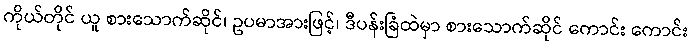
ကိုယ်တိုင် ယူ စားသောက်ဆိုင်၊ ဥပမာအားဖြင့်၊ ဒီပန်းခြံထဲမှာ စားသောက်ဆိုင် ကောင်း ကောင်း